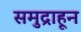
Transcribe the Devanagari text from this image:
समुद्राहून